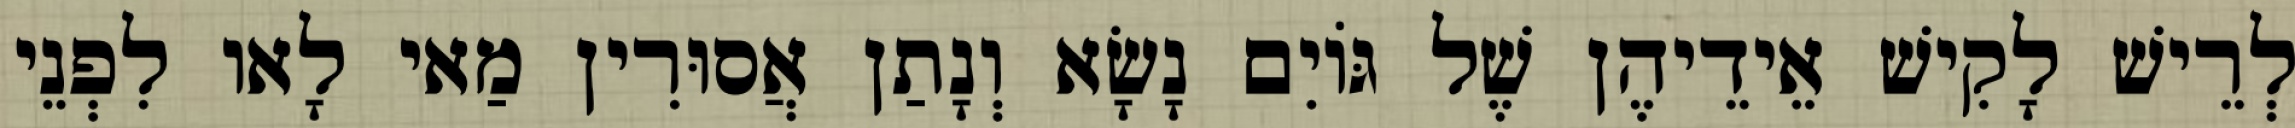
לְרֵישׁ לָקִישׁ אֵידֵיהֶן שֶׁל גּוֹיִם נָשָׂא וְנָתַן אֲסוּרִין מַאי לָאו לִפְנֵי